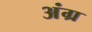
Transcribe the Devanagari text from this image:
अंग्र